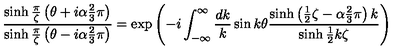
\frac { \sinh \frac { \pi } { \zeta } \left( \theta + i \alpha \frac { 2 } { 3 } \pi \right) } { \sinh \frac { \pi } { \zeta } \left( \theta - i \alpha \frac { 2 } { 3 } \pi \right) } = \exp \left( - i \int _ { - \infty } ^ { \infty } \frac { d k } { k } \sin k \theta \frac { \sinh \left( \frac { 1 } { 2 } \zeta - \alpha \frac { 2 } { 3 } \pi \right) k } { \sinh \frac { 1 } { 2 } k \zeta } \right)